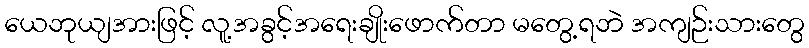
ယေဘုယျအားဖြင့် လူ့အခွင့်အရေးချိုးဖောက်တာ မတွေ့ရဘဲ အကျဉ်းသားတွေ